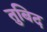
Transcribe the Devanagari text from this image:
तुबिद